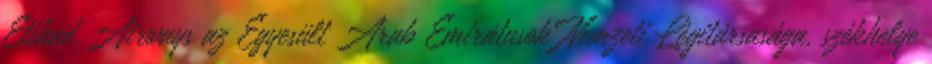
Etihad Airways az Egyesült Arab Emirátusok Nemzeti Légitársasága, székhelye